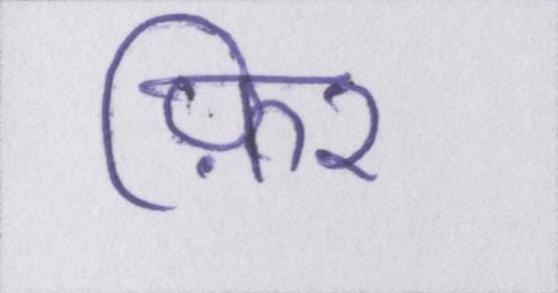
फ़िर